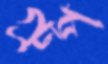
গ্রুপ